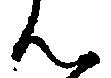
ん